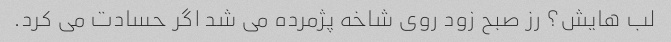
لب هایش؟ رز صبح زود روی شاخه پژمرده می شد اگر حسادت می کرد.